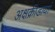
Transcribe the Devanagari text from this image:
अक्षक्रीडायां